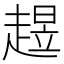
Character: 𧼺